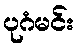
ပုဂံမင်း